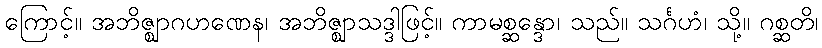
ကြောင့်။ အဘိဇ္ဈာဂဟဏေန၊ အဘိဇ္ဈာသဒ္ဒါဖြင့်။ ကာမစ္ဆန္ဒော၊ သည်။ သင်္ဂဟံ၊ သို့။ ဂစ္ဆတိ၊